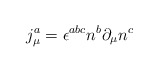
\begin{align*}j^a_\mu =\epsilon^{abc}n^b\partial_\mu n^c\end{align*}